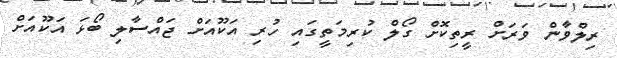
ރިލްވާން ވަރަށް ރީތިކޮށް ގޯލް ކުރިމަތީގައި ހުރި އަކޫއަށް ޖައްސާލި ބޯޅަ އަކޫއަށް